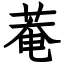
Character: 菴